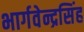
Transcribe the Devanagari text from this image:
भार्गवेन्द्रसिंह